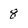
Character: 8